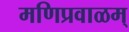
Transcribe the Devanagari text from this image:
मणिप्रवाळम्